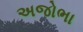
અજોભા